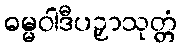
ဓမ္မဝါဒီပဉှာသုတ္တံ